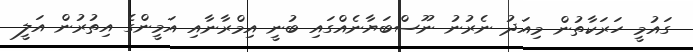
ގައުމީ ހަރަކާތުން މިއަދު ނެރުނު ނޫސްބަޔާނެއްގައި ބުނީ އިމްރާނާއި އަމީންގެ އިތުރުން އަލީ